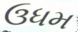
ઉધમ